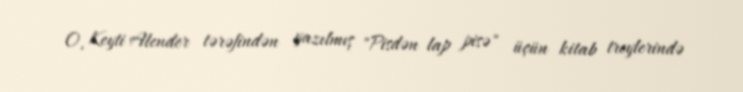
O, Keyti Alender tərəfindən yazılmış "Pisdən lap pisə" üçün kitab treylerində